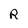
Character: R